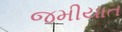
જમીયાત